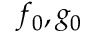
f _ { 0 } , g _ { 0 }